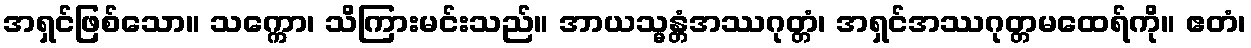
အရှင်ဖြစ်သော။ သက္ကော၊ သိကြားမင်းသည်။ အာယသ္မန္တံအဿဂုတ္တံ၊ အရှင်အဿဂုတ္တမထေရ်ကို။ ဧတံ၊